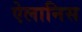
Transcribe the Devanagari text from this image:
ऐलानिस